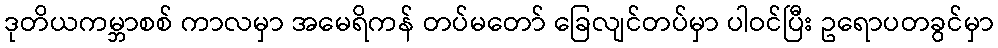
ဒုတိယကမ္ဘာစစ် ကာလမှာ အမေရိကန် တပ်မတော် ခြေလျင်တပ်မှာ ပါဝင်ပြီး ဥရောပတခွင်မှာ